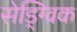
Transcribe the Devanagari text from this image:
सेड्ग्विक